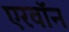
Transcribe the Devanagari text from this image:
एरवॉन